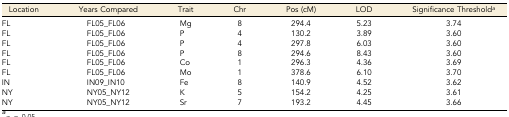
| Location | Years Compared | Trait | Chr | Pos (cM) | LOD | Significance Thresholda |
 | --- | --- | --- | --- | --- | --- | --- |
 | FL | FL05_FL06 | Mg | 8 | 294.4 | 5.23 | 3.74 |
 | FL | FL05_FL06 | P | 4 | 130.2 | 3.89 | 3.60 |
 | FL | FL05_FL06 | P | 4 | 297.8 | 6.03 | 3.60 |
 | FL | FL05_FL06 | P | 8 | 294.6 | 8.43 | 3.60 |
 | FL | FL05_FL06 | Co | 1 | 296.3 | 4.36 | 3.69 |
 | FL | FL05_FL06 | Mo | 1 | 378.6 | 6.10 | 3.70 |
 | IN | IN09_IN10 | Fe | 8 | 140.9 | 4.52 | 3.62 |
 | NY | NY05_NY12 | K | 5 | 154.2 | 4.25 | 3.61 |
 | NY | NY05_NY12 | Sr | 7 | 193.2 | 4.45 | 3.66 |